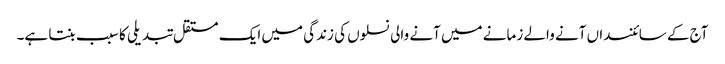
آج کے سائنسداں آنے والے زمانے میں آنے والی نسلوں کی زندگی میں ایک مستقل تبدیلی کا سبب بنتا ہے۔